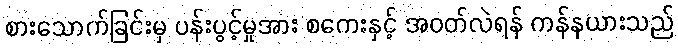
စားသောက်ခြင်းမှ ပန်းပွင့်မှုအား စကေးနှင့် အဝတ်လဲရန် ကန်နယားသည်